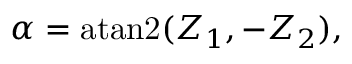
\alpha = \operatorname { a t a n 2 } ( Z _ { 1 } , - Z _ { 2 } ) ,